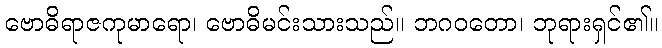
ဗောဓိရာဇကုမာရော၊ ဗောဓိမင်းသားသည်။ ဘဂဝတော၊ ဘုရားရှင်၏။